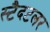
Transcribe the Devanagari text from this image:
स्टैदटलर